Indian journal of veterinary science and animal husbandry - Volume 12,
Year: 1942
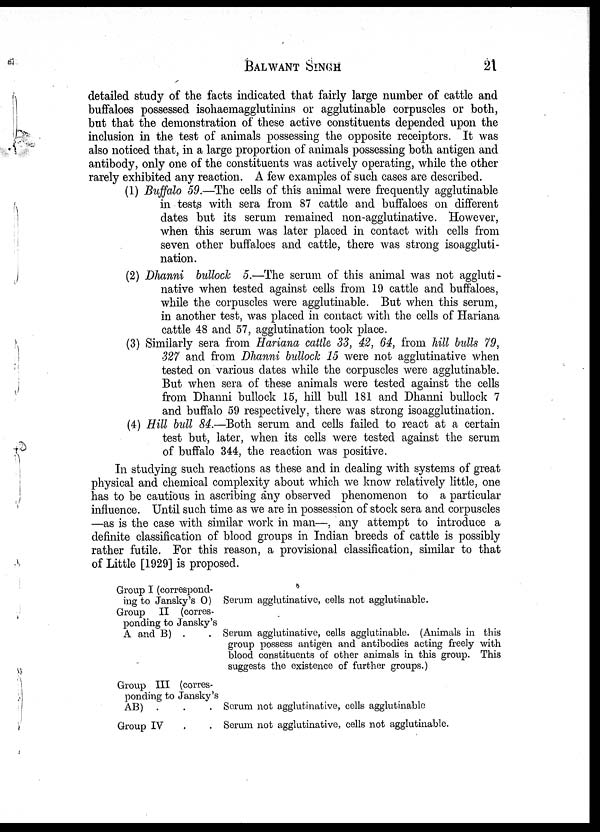
BALWANT
SINGH
21
detailed study of the facts indicated that fairly large number of cattle and
buffaloes possessed isohaemagglutinins or agglutinable corpuscles or both,
but that the demonstration of these active constituents depended upon the
inclusion in the test of animals possessing the opposite receiptors. It was
also noticed that, in a large proportion of animals possessing both antigen and
antibody, only one of the constituents was actively operating, while the other
rarely exhibited any reaction. A few examples of such cases are described.
(1) Buffalo 59.—The cells of this animal were frequently agglutinable
in tests with sera from 87 cattle and buffaloes on different
dates but its serum remained non-agglutinative. However,
when this serum was later placed in contact with cells from
seven other buffaloes and cattle, there was strong isoaggluti¬
nation.
(2) Dhanni bullock 5.—The serum of this animal was not aggluti-
native when tested against cells from 19 cattle and buffaloes,
while the corpuscles were agglutinable. But when this serum,
in another test, was placed in contact with the cells of Hariana
cattle 48 and 57, agglutination took place.
(3) Similarly sera from Hariana cattle 33, 42, 64, from hill bulls 79,
327 and from Dhanni bullock 15 were not agglutinative when
tested on various dates while the corpuscles were agglutinable.
But when sera of these animals were tested against the cells
from Dhanni bullock 15, hill bull 181 and Dhanni bullock 7
and buffalo 59 respectively, there was strong isoagglutination.
(4) Hill bull 84.—Both serum and cells failed to react at a certain
test but, later, when its cells were tested against the serum
of buffalo 344, the reaction was positive.
In studying such reactions as these and in dealing with systems of great
physical and chemical complexity about which we know relatively little, one
has to be cautious in ascribing any observed phenomenon to a particular
influence. Until such time as we are in possession of stock sera and corpuscles
—as is the case with similar work in man—, any attempt to introduce a
definite classification of blood groups in Indian breeds of cattle is possibly
rather futile. For this reason, a provisional classification, similar to that
of Little [1929] is proposed.
Group I (correspond-
ing to Jansky's O)
Group II (corres-
ponding to Jansky's
A and B) . .
Group III (corres-
ponding to Jansky's
AB) . . .
Group IV . .
Serum agglutinative, cells not agglutinable.
Serum agglutinative, cells agglutinable. (Animals in this
group possess antigen and antibodies acting freely with
blood constituents of other animals in this group. This
suggests the existence of further groups.)
Serum not agglutinative, cells agglutinable
Serum not agglutinative, cells not agglutinable.